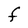
Character: F